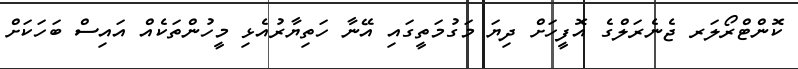
ކޮންޓްރޯލަރ ޖެނެރަލްގެ އޮފީހަށް ދިޔަ މަގުމަތީގައި އޭނާ ހަތިޔާރުއެޅި މީހުންތަކެއް އައިސް ބަހަކަށް